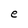
Character: e